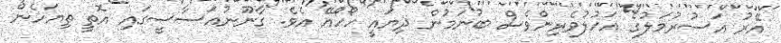
އޭރު އަސުރުމަލުގެ އަހުލުވެރިންވެސް ބުނަމުން ދިޔައީ ހޯހޯއޭ އެވެ. ގާނޫނުއަސާސީގައި އޮތީ ތިޔަހެން